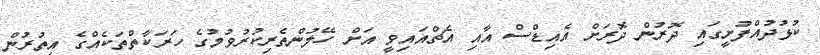
ކުޅުދުއްފުށީގައި ދޮރުން ދޮރަށް އެއިޑްސް އާއި އެޗްއައިވީ އަށް ހޭލުންތެރިކުރުވުމުގެ ހަރަކާތްތަކެއްގެ އިތުރުން